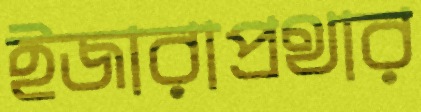
ইজারাপ্রথার